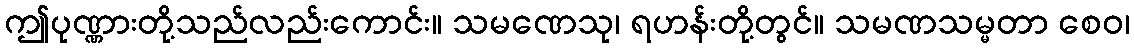
ဤပုဏ္ဏားတို့သည်လည်းကောင်း။ သမဏေသု၊ ရဟန်းတို့တွင်။ သမဏသမ္မတာ စေဝ၊